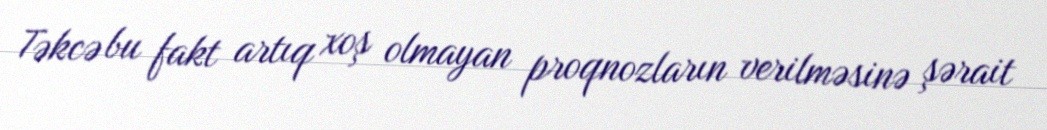
Təkcə bu fakt artıq xoş olmayan proqnozların verilməsinə şərait